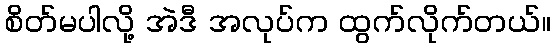
စိတ်မပါလို့ အဲဒီ အလုပ်က ထွက်လိုက်တယ်။